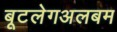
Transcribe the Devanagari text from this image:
बूटलेगअलबम